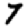
Digit: 7